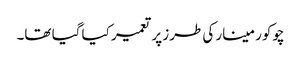
چوکور مینار کی طرز پر تعمیر کیا گیا تھا۔